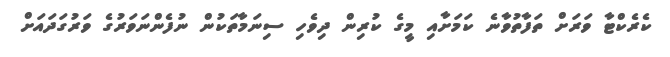
ކެރެކްޓާ ވަރަށް ތަފާތުވާނެ ކަމަށާއި މީގެ ކުރިން ދިވެހި ސިނަމާތަކުން ނުފެންނަވަރުގެ ވަރުގަދައަށް